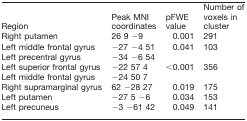
| Region | Peak MNI coordinates | pFWE value | Number of voxels in cluster |
 | --- | --- | --- | --- |
 | Right putamen | 26 9 −9 | 0.001 | 291 |
 | Left middle frontal gyrus | −27 −4 51 | 0.041 | 103 |
 | Left precentral gyrus | −34 −6 54 |  |  |
 | Left superior frontal gyrus | −22 57 4 | <0.001 | 356 |
 | Left middle frontal gyrus | −24 50 7 |  |  |
 | Right supramarginal gyrus | 62 −28 27 | 0.019 | 175 |
 | Left putamen | −27 5 −6 | 0.034 | 153 |
 | Left precuneus | −3 −61 42 | 0.049 | 141 |